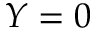
Y = 0